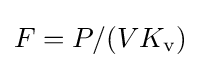
F=P/(VK_{\text{v}})